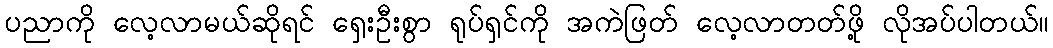
ပညာကို လေ့လာမယ်ဆိုရင် ရှေးဦးစွာ ရုပ်ရှင်ကို အကဲဖြတ် လေ့လာတတ်ဖို့ လိုအပ်ပါတယ်။